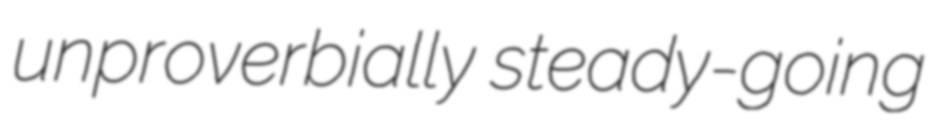
unproverbially steady-going